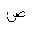
Letter: _sad